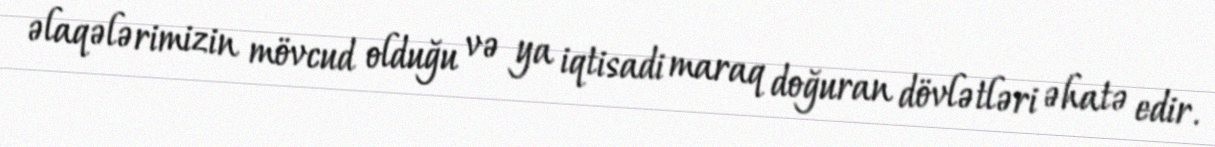
əlaqələrimizin mövcud olduğu və ya iqtisadi maraq doğuran dövlətləri əhatə edir.